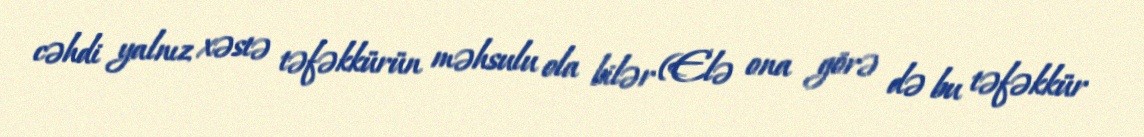
cəhdi yalnız xəstə təfəkkürün məhsulu ola bilər (Elə ona görə də bu təfəkkür